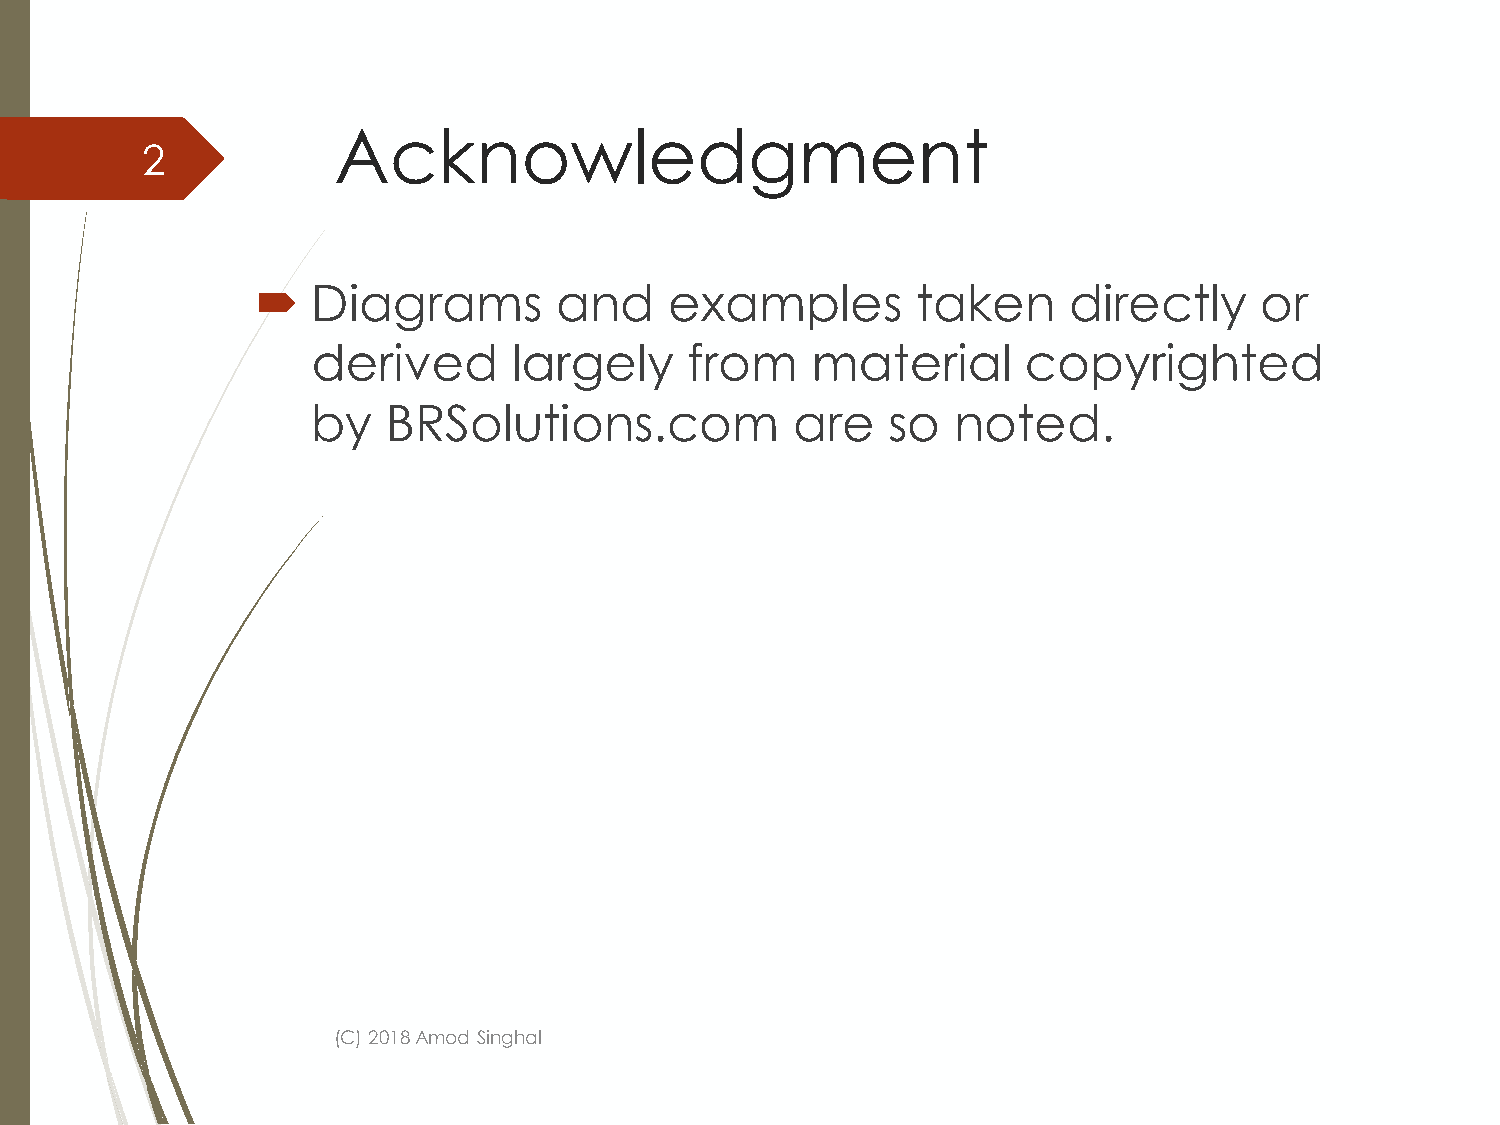
Acknowledgment
 2
    Diagrams        and    examples         taken     directly    or
 derived      largely     from    material      copyrighted
 by   BRSolutions.com           are    so  noted.
 (C) 2018 Amod Singhal